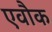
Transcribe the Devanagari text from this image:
एवौक